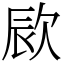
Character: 㰮